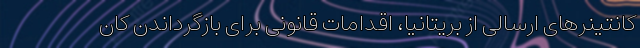
کانتینرهای ارسالی از بریتانیا، اقدامات قانونی برای بازگرداندن کان